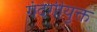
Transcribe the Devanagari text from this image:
गंदगीयुक्त